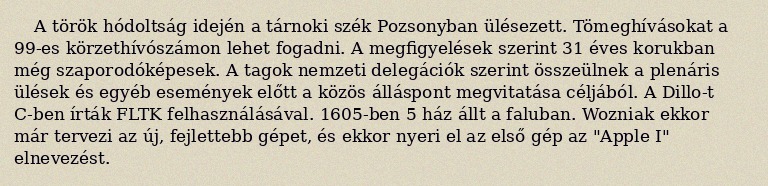
A török hódoltság idején a tárnoki szék Pozsonyban ülésezett. Tömeghívásokat a 99-es körzethívószámon lehet fogadni. A megfigyelések szerint 31 éves korukban még szaporodóképesek. A tagok nemzeti delegációk szerint összeülnek a plenáris ülések és egyéb események előtt a közös álláspont megvitatása céljából. A Dillo-t C-ben írták FLTK felhasználásával. 1605-ben 5 ház állt a faluban. Wozniak ekkor már tervezi az új, fejlettebb gépet, és ekkor nyeri el az első gép az "Apple I" elnevezést.